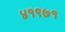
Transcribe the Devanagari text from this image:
४१९७१